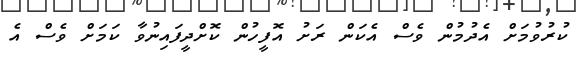
ކުރުވުމަށް އެދުމުން ވެސް އެކަން ރަށު އޮފީހުން ކޮށްދީފައިނުވާ ކަމަށް ވެސް އެ